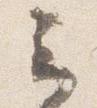
云